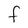
Character: F